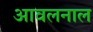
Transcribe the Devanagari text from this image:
आवलनाल